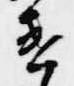
違